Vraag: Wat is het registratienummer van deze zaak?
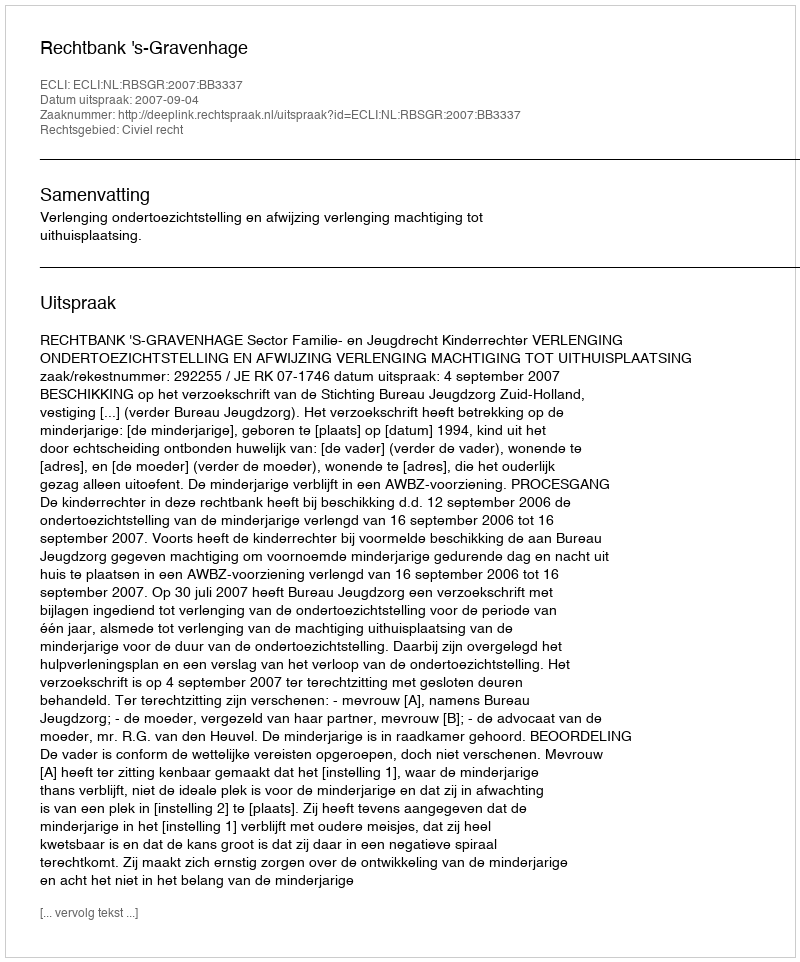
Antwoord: http://deeplink.rechtspraak.nl/uitspraak?id=ECLI:NL:RBSGR:2007:BB3337